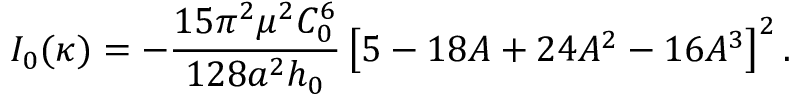
I _ { 0 } ( \kappa ) = - \frac { 1 5 \pi ^ { 2 } \mu ^ { 2 } C _ { 0 } ^ { 6 } } { 1 2 8 a ^ { 2 } h _ { 0 } } \left[ 5 - 1 8 A + 2 4 A ^ { 2 } - 1 6 A ^ { 3 } \right] ^ { 2 } .